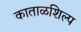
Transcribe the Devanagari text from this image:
काताळशिल्प